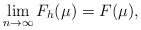
\begin{align*} \lim_{n\to\infty}F_h(\mu)=F(\mu), \end{align*}